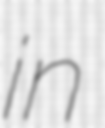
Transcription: in